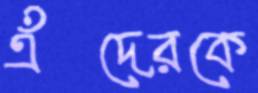
এঁদেরকে